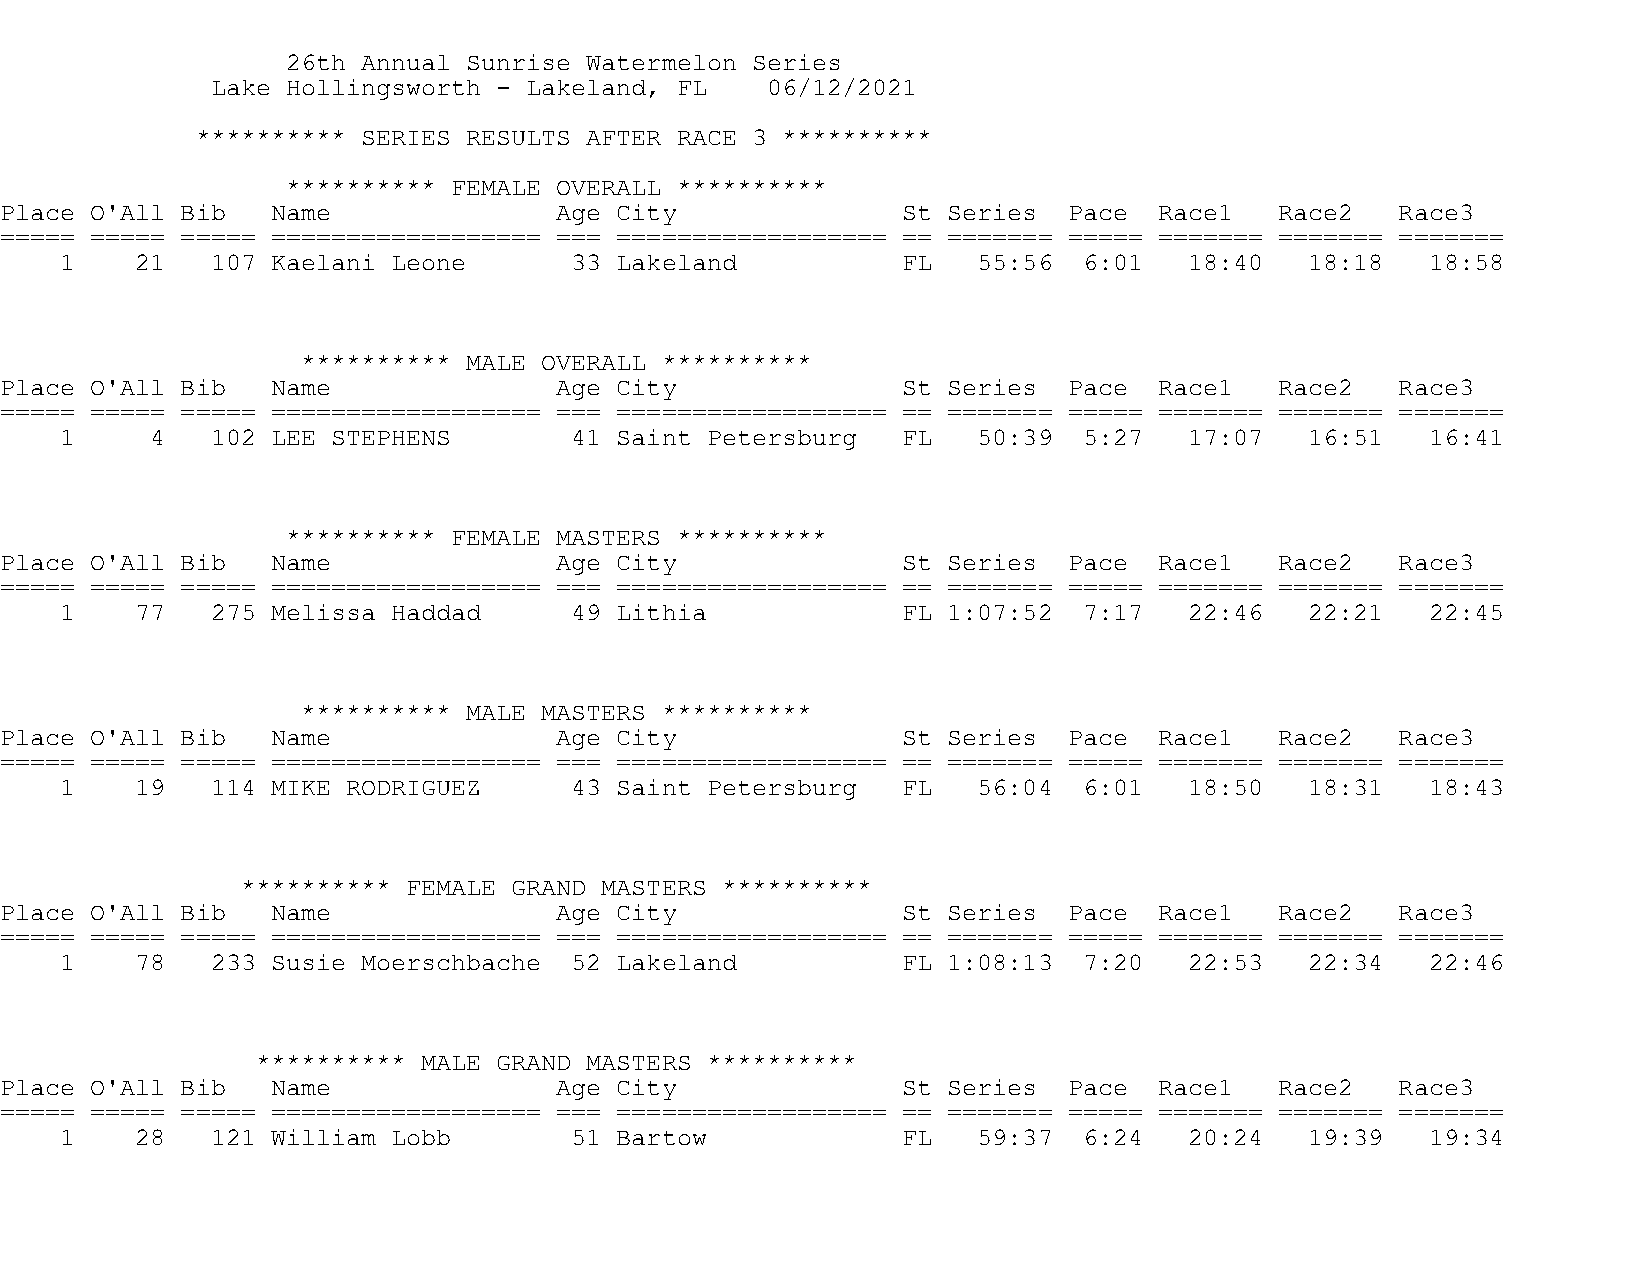
26th Annual Sunrise Watermelon Series
 Lake Hollingsworth - Lakeland, FL    06/12/2021
 ********** SERIES RESULTS AFTER RACE 3 **********
 ********** FEMALE OVERALL **********
 Place O'All Bib   Name               Age City               St Series  Pace  Race1   Race2   Race3
 ===== ===== ===== ================== === ================== == ======= ===== ======= ======= =======
 1    21   107 Kaelani Leone       33 Lakeland           FL   55:56  6:01   18:40   18:18   18:58
 ********** MALE OVERALL **********
 Place O'All Bib   Name               Age City               St Series  Pace  Race1   Race2   Race3
 ===== ===== ===== ================== === ================== == ======= ===== ======= ======= =======
 1     4   102 LEE STEPHENS        41 Saint Petersburg   FL   50:39  5:27   17:07   16:51   16:41
 ********** FEMALE MASTERS **********
 Place O'All Bib   Name               Age City               St Series  Pace  Race1   Race2   Race3
 ===== ===== ===== ================== === ================== == ======= ===== ======= ======= =======
 1    77   275 Melissa Haddad      49 Lithia             FL 1:07:52  7:17   22:46   22:21   22:45
 ********** MALE MASTERS **********
 Place O'All Bib   Name               Age City               St Series  Pace  Race1   Race2   Race3
 ===== ===== ===== ================== === ================== == ======= ===== ======= ======= =======
 1    19   114 MIKE RODRIGUEZ      43 Saint Petersburg   FL   56:04  6:01   18:50   18:31   18:43
 ********** FEMALE GRAND MASTERS **********
 Place O'All Bib   Name               Age City               St Series  Pace  Race1   Race2   Race3
 ===== ===== ===== ================== === ================== == ======= ===== ======= ======= =======
 1    78   233 Susie Moerschbache  52 Lakeland           FL 1:08:13  7:20   22:53   22:34   22:46
 ********** MALE GRAND MASTERS **********
 Place O'All Bib   Name               Age City               St Series  Pace  Race1   Race2   Race3
 ===== ===== ===== ================== === ================== == ======= ===== ======= ======= =======
 1    28   121 William Lobb        51 Bartow             FL   59:37  6:24   20:24   19:39   19:34